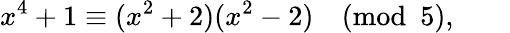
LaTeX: x^{4}+1\equiv(x^{2}+2)(x^{2}-2){\pmod{5}},\qquad